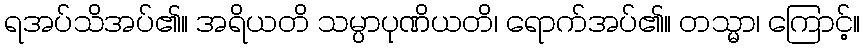
ရအပ်သိအပ်၏။ အရိယတိ သမ္ပာပုဏိယတိ၊ ရောက်အပ်၏။ တသ္မာ၊ ကြောင့်။